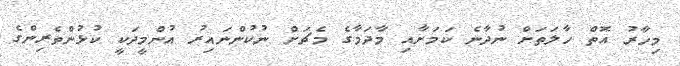
މިހާރު އޮތް ހާލަތަށް ނުދާނެ ކަމަށާއި މާދަމާގެ މެޗަށް ނުކުންނައިރު އުންމީދަކީ ކުޅުންތެރިންގެ